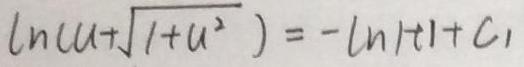
$\ln(u+\sqrt{1 + u^{2}})=-\ln|t|+C_{1}$